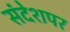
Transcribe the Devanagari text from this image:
संदेशपर